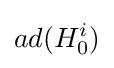
ad(H_{0}^{i})